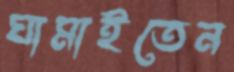
ঘামাইতেন